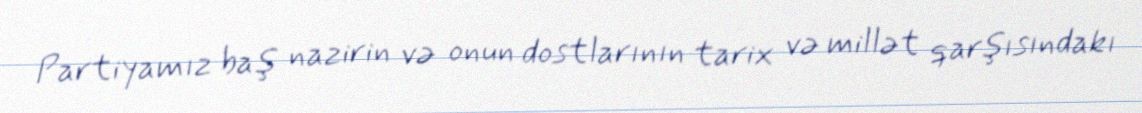
Partiyamız baş nazirin və onun dostlarının tarix və millət qarşısındakı